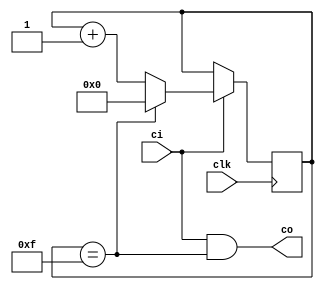
//==================================================================================================
//  Revision      : final
//
//  Description   : Div
//
//
//==================================================================================================
module div(clk,ci,co);
	parameter CounterBits=4,N=1<<CounterBits;
	input clk,ci;
	output co;
	reg[CounterBits-1:0] temp=0;

	assign co=ci&&(temp==N-1);
	always @(posedge clk) begin
		if(ci) begin
			if(temp==N-1) begin
				temp=0;
			end
			else begin
				temp=temp+1;
			end
		end
		else begin
			temp=temp;
		end
	end
	
endmodule